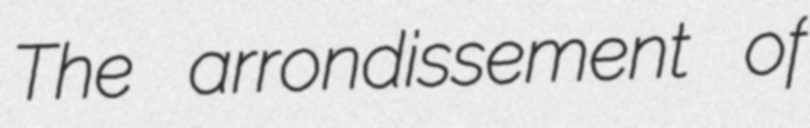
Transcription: The arrondissement of